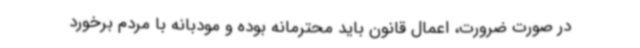
در صورت ضرورت، اعمال قانون باید محترمانه بوده و مودبانه با مردم برخورد